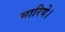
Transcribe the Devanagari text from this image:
भारिये।